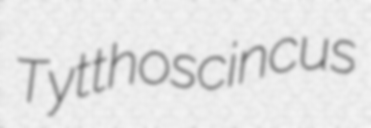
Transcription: Tytthoscincus